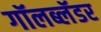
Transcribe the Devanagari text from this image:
गॉलब्लॅडर